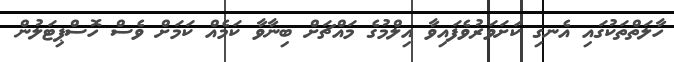
ހާލަތްތަކުގައި އެނގި ކަށަވަރުވެފައިވާ އިލްމުގެ މައްޗަށް ބިނާވާ ކަމެއް ކަމަށް ވެސް ހޮސްޕިޓަލުން